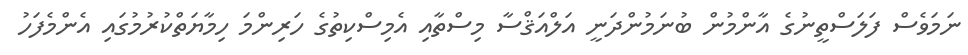
ނަމަވެސް ފަލަސްތީނުގެ އާންމުން ބުނަމުންދަނީ އަލްއަޤްސާ މިސްތާއި އެމިސްކިތުގެ ހަރިންމަ ހިމާޔަތްކުރުމުގައި އެންމެފަހު